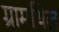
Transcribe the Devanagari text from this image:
ग्रामथिल